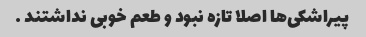
پیراشکی‌ها اصلا تازه نبود و طعم خوبی نداشتند …